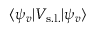
\langle \psi _ { v } | V _ { \mathrm { s . l . } } | \psi _ { v } \rangle